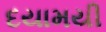
દયામયી